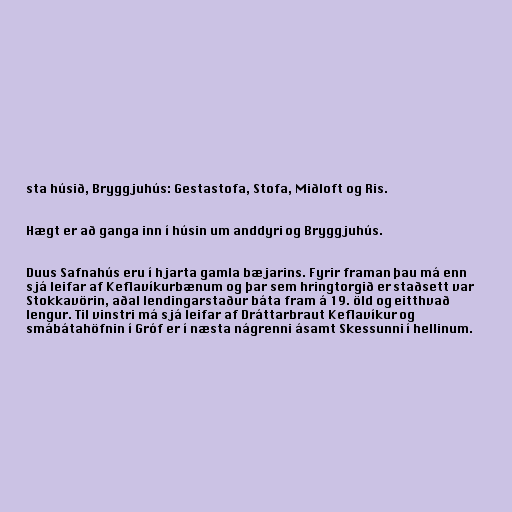
sta húsið, Bryggjuhús: Gestastofa, Stofa, Miðloft og Ris.

Hægt er að ganga inn í húsin um anddyri og Bryggjuhús.

Duus Safnahús eru í hjarta gamla bæjarins. Fyrir framan þau má enn
sjá leifar af Keflavíkurbænum og þar sem hringtorgið er staðsett var
Stokkavörin, aðal lendingarstaður báta fram á 19. öld og eitthvað
lengur. Til vinstri má sjá leifar af Dráttarbraut Keflavíkur og
smábátahöfnin í Gróf er í næsta nágrenni ásamt Skessunni í hellinum.